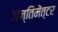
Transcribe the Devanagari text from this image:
अन्तिमेंत्टर